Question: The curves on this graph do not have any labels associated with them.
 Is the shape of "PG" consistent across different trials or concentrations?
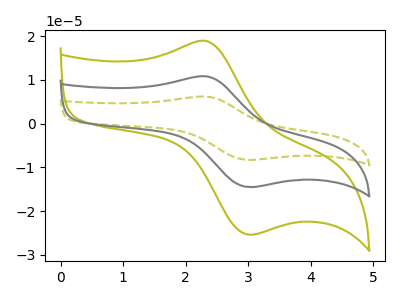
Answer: <think>The olive dashed curve "olive dashed" has an anodic peak at (2.35V, 21.55uA) and a cathodic peak at (3.05V, -29.05uA). The olive curve "olive" has an anodic peak at (2.35V, 18.85uA) and a cathodic peak at (3.05V, -25.40uA). The gray curve "gray" has an anodic peak at (2.35V, 10.80uA) and a cathodic peak at (3.05V, -14.50uA).
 All the peaks in "olive dashed" have a peak in "olive" at the same potential. Every peak in "olive dashed" is higher than every peak in "olive". All the peaks in "olive dashed" have a peak in "gray" at the same potential. Every peak in "olive dashed" is higher than every peak in "gray". All the peaks in "olive" have a peak in "gray" at the same potential. Every peak in "olive" is higher than every peak in "gray".</think>
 <answer>All the CV's of "PG" have similar shape.</answer>
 <eval>follow_rule</eval>